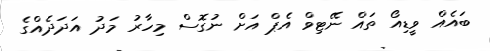
ބައެއް ވީޑިއޯ ތައް ނޭޓިވް އެޕް އަށް ނުގޮސް މިހާރު މަދު އަދަދެއްގެ